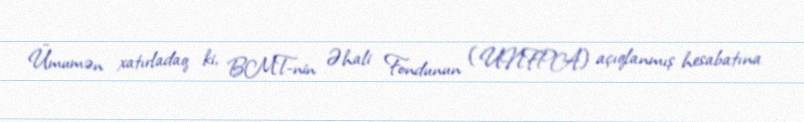
Ümumən xatırladaq ki, BMT-nin Əhali Fondunun (UNFPA) açıqlanmış hesabatına